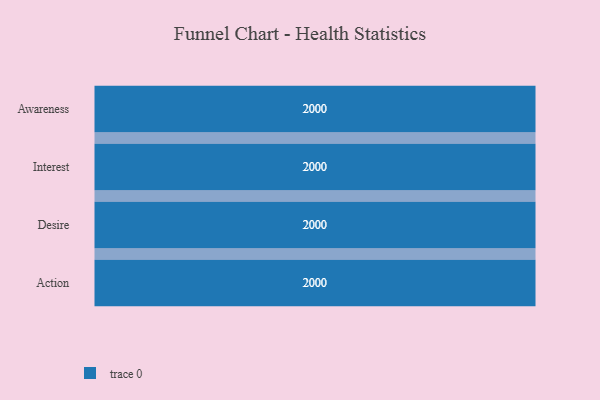
{"axis": {"x": "Stage", "y": "Value"}, "legend": [""], "data": [{"x": "Awareness", "y": 2000, "type": ""}, {"x": "Interest", "y": 2000, "type": ""}, {"x": "Desire", "y": 2000, "type": ""}, {"x": "Action", "y": 2000, "type": ""}]}